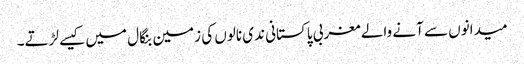
میدانوں سے آنے والے مغربی پاکستانی ندی نالوں کی زمین بنگال میں کیسے لڑتے۔